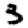
Digit: 3